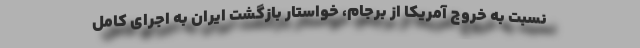
نسبت به خروج آمریکا از برجام، خواستار بازگشت ایران به اجرای کامل